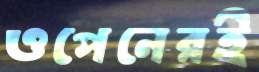
ওপেনেরই